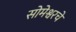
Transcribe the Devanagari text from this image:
सोमेश्वरचे